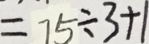
= 7 5 \div 3 + 1